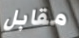
مقابل